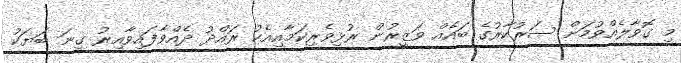
މި ގޮވާލެއްވުމަށް ސަރުކާރުގެ ބައެއް ވަޒީރުން ރުޅިވެރިކަމާއިއެކު ރައްދު ދެއްވާފައިވާއިރު ގިނަ ބަޔަކު